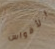
الأقواس